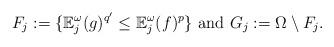
LaTeX: \begin{align*}F_j:=\{\mathbb E^{\omega}_j(g)^{q'}\leq \mathbb E^{\omega}_j(f)^{p}\}\hbox{ and }G_j:= \Omega\setminus F_j.\end{align*}